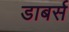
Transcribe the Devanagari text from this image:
डाबर्स